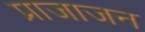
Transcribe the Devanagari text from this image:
प्राजाजन